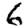
Digit: 6